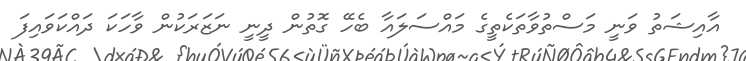
އާއިޝަތު ވަނީ މަސްތުވާތަކެތީގެ މައްސަލައާ ބެހޭ ގޮތުން ދީނީ ނަޒަރަކުން ވާހަކަ ދައްކަވައިފަ